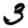
Digit: 3